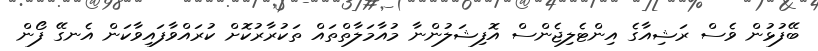
ބޭފުޅުން ވެސް ރަޝިއާގެ އިންޓެލިޖެންސް އޮފިޝަލުންނާ މުއާމަލާތްތައް ތަކުރާރުކޮށް ކުރައްވާފައިވާކަން އެނގޭ ފޯން